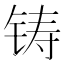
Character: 铸